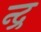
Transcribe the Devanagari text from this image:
न्द्र